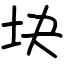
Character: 块